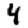
Digit: 4